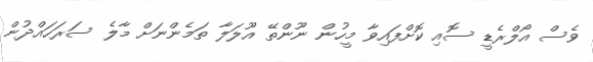
ވެސް އޯލްރެޑީ ސޮއި ކޮށްފައިވާ މީހުން ނޫންތޭ އޫލަލާ ތަމެންނަށް މާލެ ސަރަހައްދުން